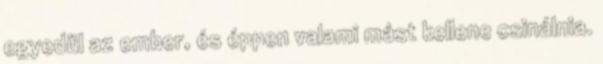
egyedül az ember, és éppen valami mást kellene csinálnia.